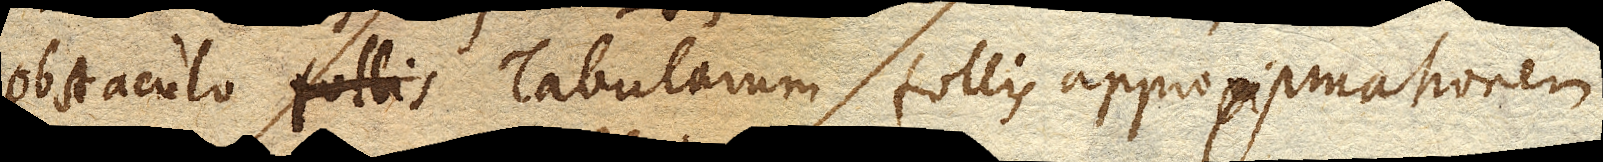
obstaculo Tabularum follis approximationem